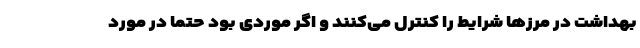
بهداشت در مرز‌ها شرایط را کنترل می‌کنند و اگر موردی بود حتماً در مورد